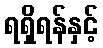
ရရှိရန်နှင့်